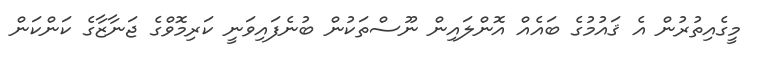
މީގެއިތުރުން އެ ޤައުމުގެ ބައެއް އޮންލައިން ނޫސްތަކުން ބުނެފައިވަނީ ކަރިމޮވްގެ ޖަނާޒާގެ ކަންކަން